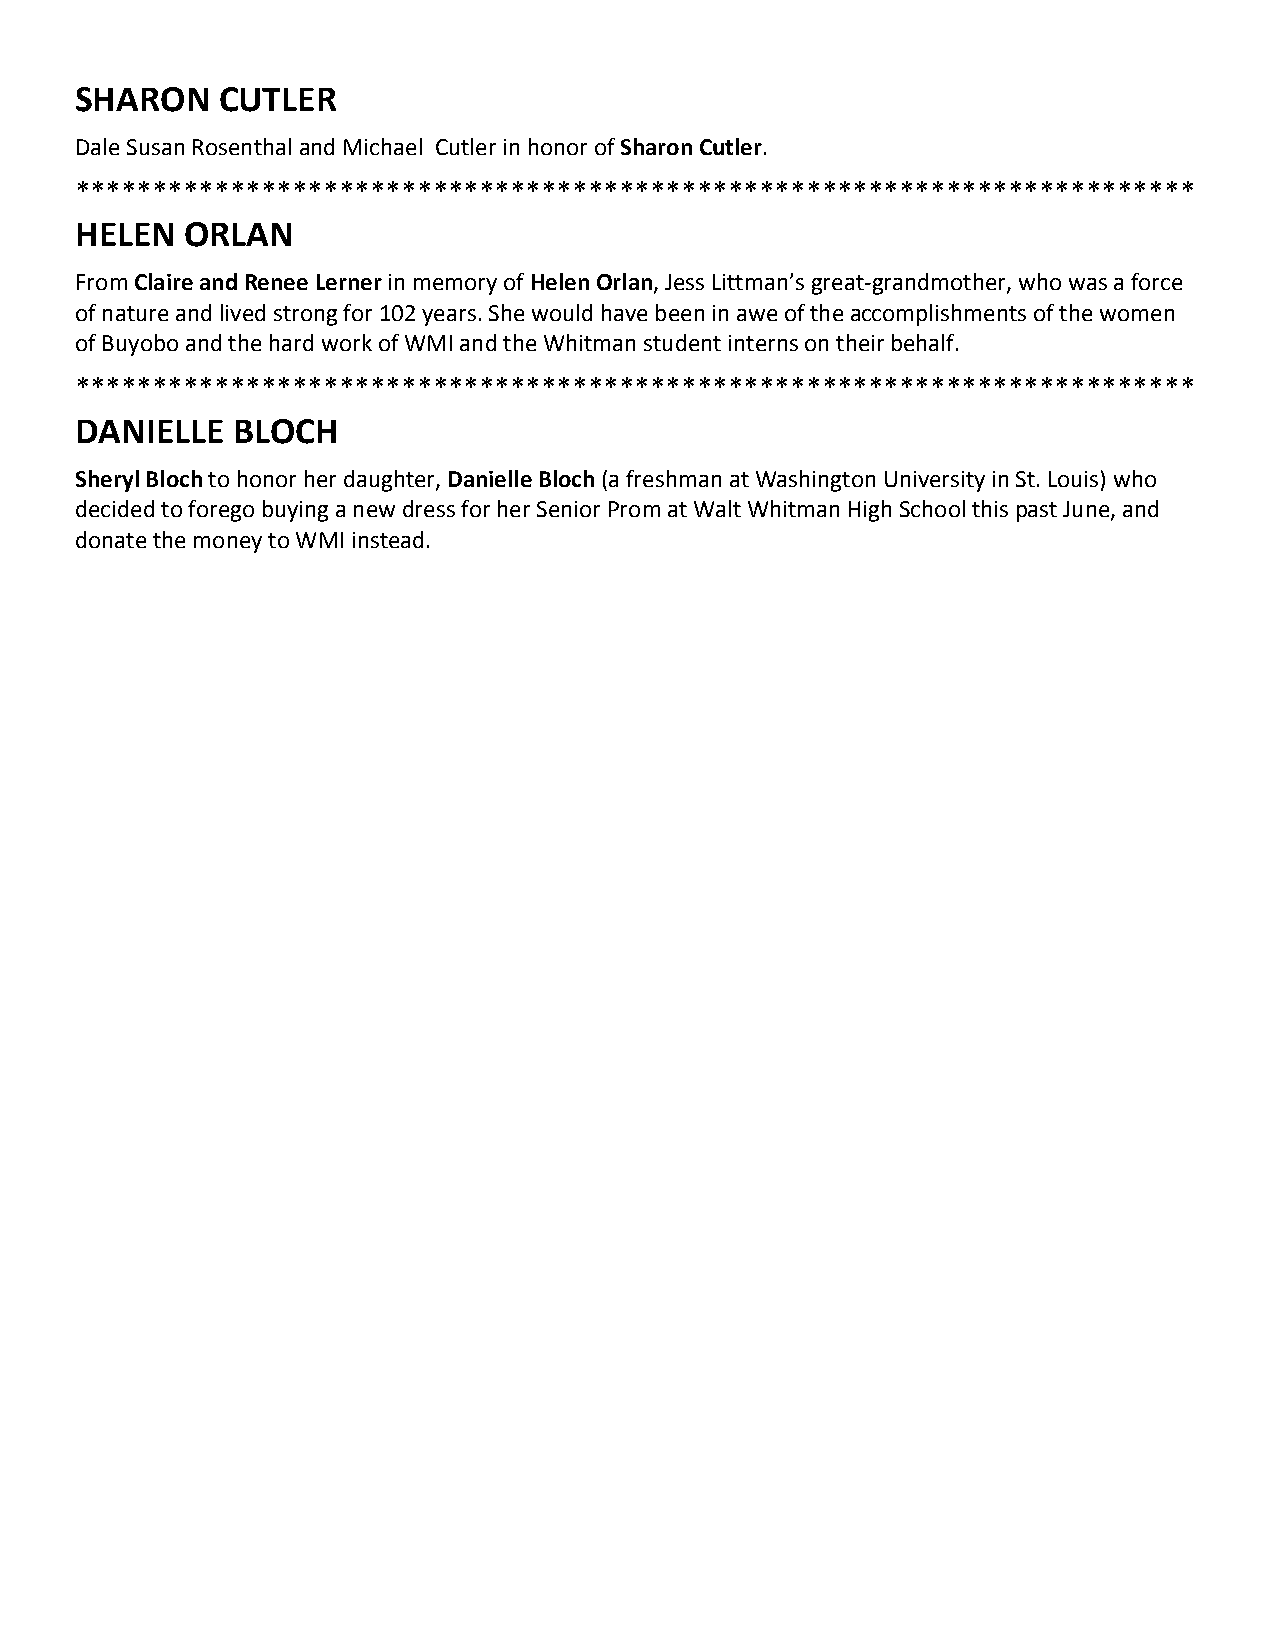
SHARON   CUTLER
 Dale Susan Rosenthal and Michael Cutler in honor of Sharon Cutler.
 ************************************************************************
 HELEN  ORLAN
 From Claire and Renee Lerner in memory of Helen Orlan, Jess Littman’s great‐grandmother, who was a force
 of nature and lived strong for 102 years. She would have been in awe of the accomplishments of the women
 of Buyobo and the hard work of WMI and the Whitman student interns on their behalf.
 ************************************************************************
 DANIELLE  BLOCH
 Sheryl Bloch to honor her daughter, Danielle Bloch (a freshman at Washington University in St. Louis) who
 decided to forego buying a new dress for her Senior Prom at Walt Whitman High School this past June, and
 donate the money to WMI instead.